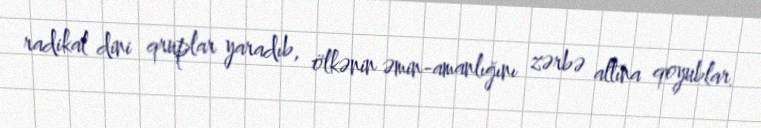
radikal dini qruplar yaradıb, ölkənin əmin-amanlığını zərbə altına qoyublar.